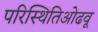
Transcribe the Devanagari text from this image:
परिस्थितिओढवू